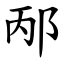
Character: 邴